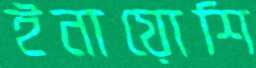
ইনায়োশি